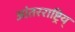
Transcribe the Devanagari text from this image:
आंतरराष्ट्रिय्